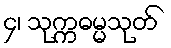
၄၊ သုက္ကဓမ္မသုတ်